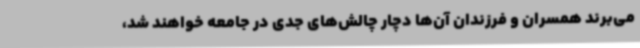
می‌برند همسران و فرزندان آن‌ها دچار چالش‌های جدی در جامعه خواهند شد،